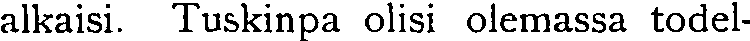
alkaisi. Tuskinpa olisi olemassa todel-